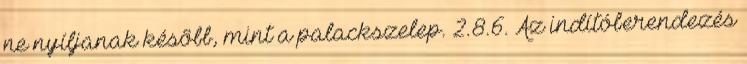
ne nyíljanak késõbb, mint a palackszelep. 2.8.6. Az indítóberendezés